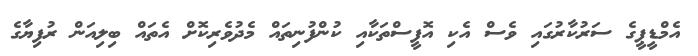
އެމްޑީޕީގެ ސަރުކާރުގައި ވެސް އެކި އޮފީސްތަކާއި ކުންފުނިތައް މެދުވެރިކޮށް އެތައް ބިލިއަން ރުފިޔާގެ